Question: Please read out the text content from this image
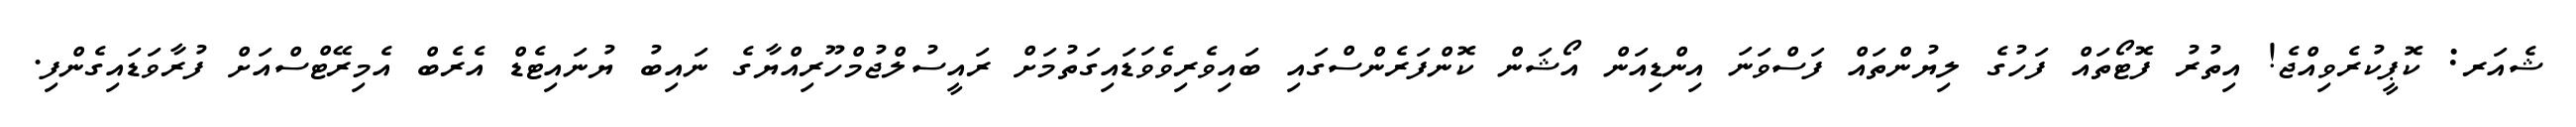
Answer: ޝެއަރ: ކޮޕީކުރެވިއްޖެ! އިތުރު ފޮޓޯތައް ފަހުގެ ލިޔުންތައް ފަސްވަނަ އިންޑިއަން އޯޝަން ކޮންފަރެންސްގައި ބައިވެރިވެވަޑައިގަތުމަށް ރައީސުލްޖުމްހޫރިއްޔާގެ ނައިބު ޔުނައިޓެޑް އެރެބް އެމިރޭޓްސްއަށް ފުރާވަޑައިގެންފި.